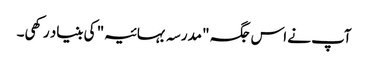
آپ نے اس جگہ "مدرسہ بہائیہ" کی بنیاد رکھی۔